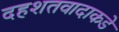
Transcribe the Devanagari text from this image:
दहशतवादाकडे